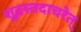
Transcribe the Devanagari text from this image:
शूद्रस्तदाचरेत्